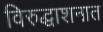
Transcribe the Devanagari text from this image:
विरुद्धाशनात